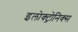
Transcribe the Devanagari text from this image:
इलोक्ट्रोनिक्स